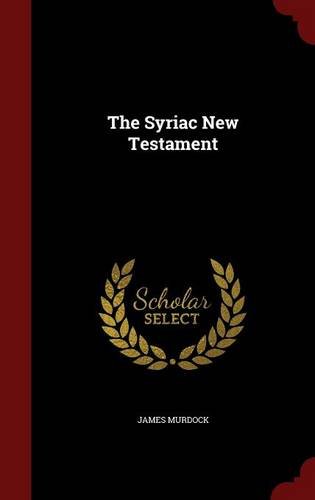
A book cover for The Syriac New Testament; James Murdock; History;